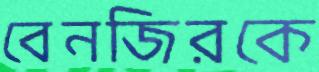
বেনজিরকে